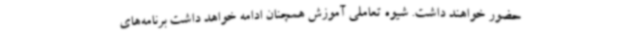
حضور خواهند داشت. شیوه تعاملی آموزش همچنان ادامه خواهد داشت برنامه‌های